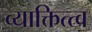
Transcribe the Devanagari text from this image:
व्याक्तित्त्व